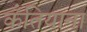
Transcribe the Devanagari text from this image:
कँतियाना